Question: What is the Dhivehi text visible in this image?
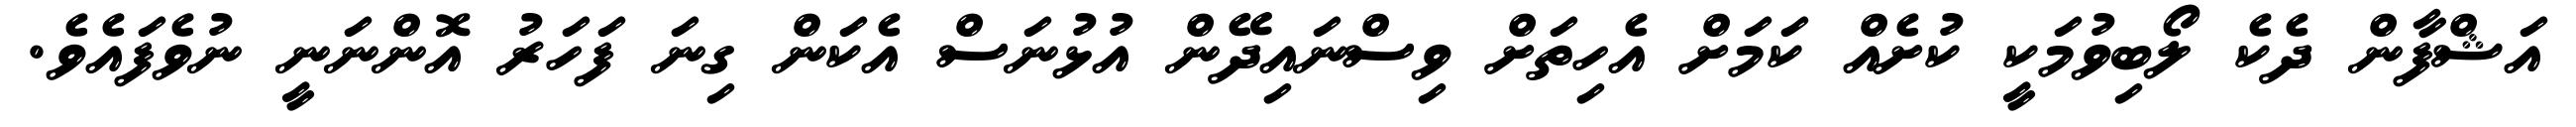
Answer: އަޝްފާން ދެކެ ލޯބިވުމަކީ ކުށެއް ކަމަށް އެހިތަށް ވިސްނައިދޭން އުޅުނަސް އެކަން ގިނަ ފަހަރު އޮންނަނީ ނުވެފައެވެ.